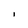
Character: i